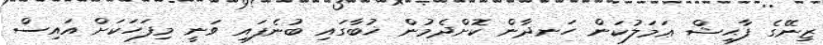
ޒިނޭގެ ފާޙިޝް ޢަމަލުކަން ހަނދާން ކޮށްދެމުން ޚުުބާގައި ބުނެފައި ވަނީ މިފަހަކަށް އައިސް